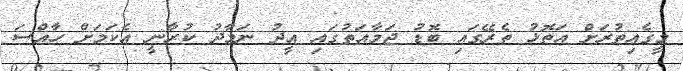
މީގެއިތުރަށް އަތޮޅު ތެރޭގައި ބޮޑު ޖަމާއަތުގައި އީދު ނަމާދު ކުރާނީ އެކަމަށް ހާއްސަ